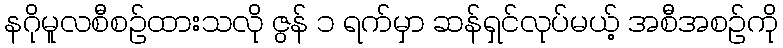
နဂိုမူလစီစဉ်ထားသလို ဇွန် ၁ ရက်မှာ ဆန်ရှင်လုပ်မယ့် အစီအစဉ်ကို